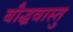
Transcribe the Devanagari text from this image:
बौद्धवास्तु